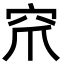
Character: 𮃹